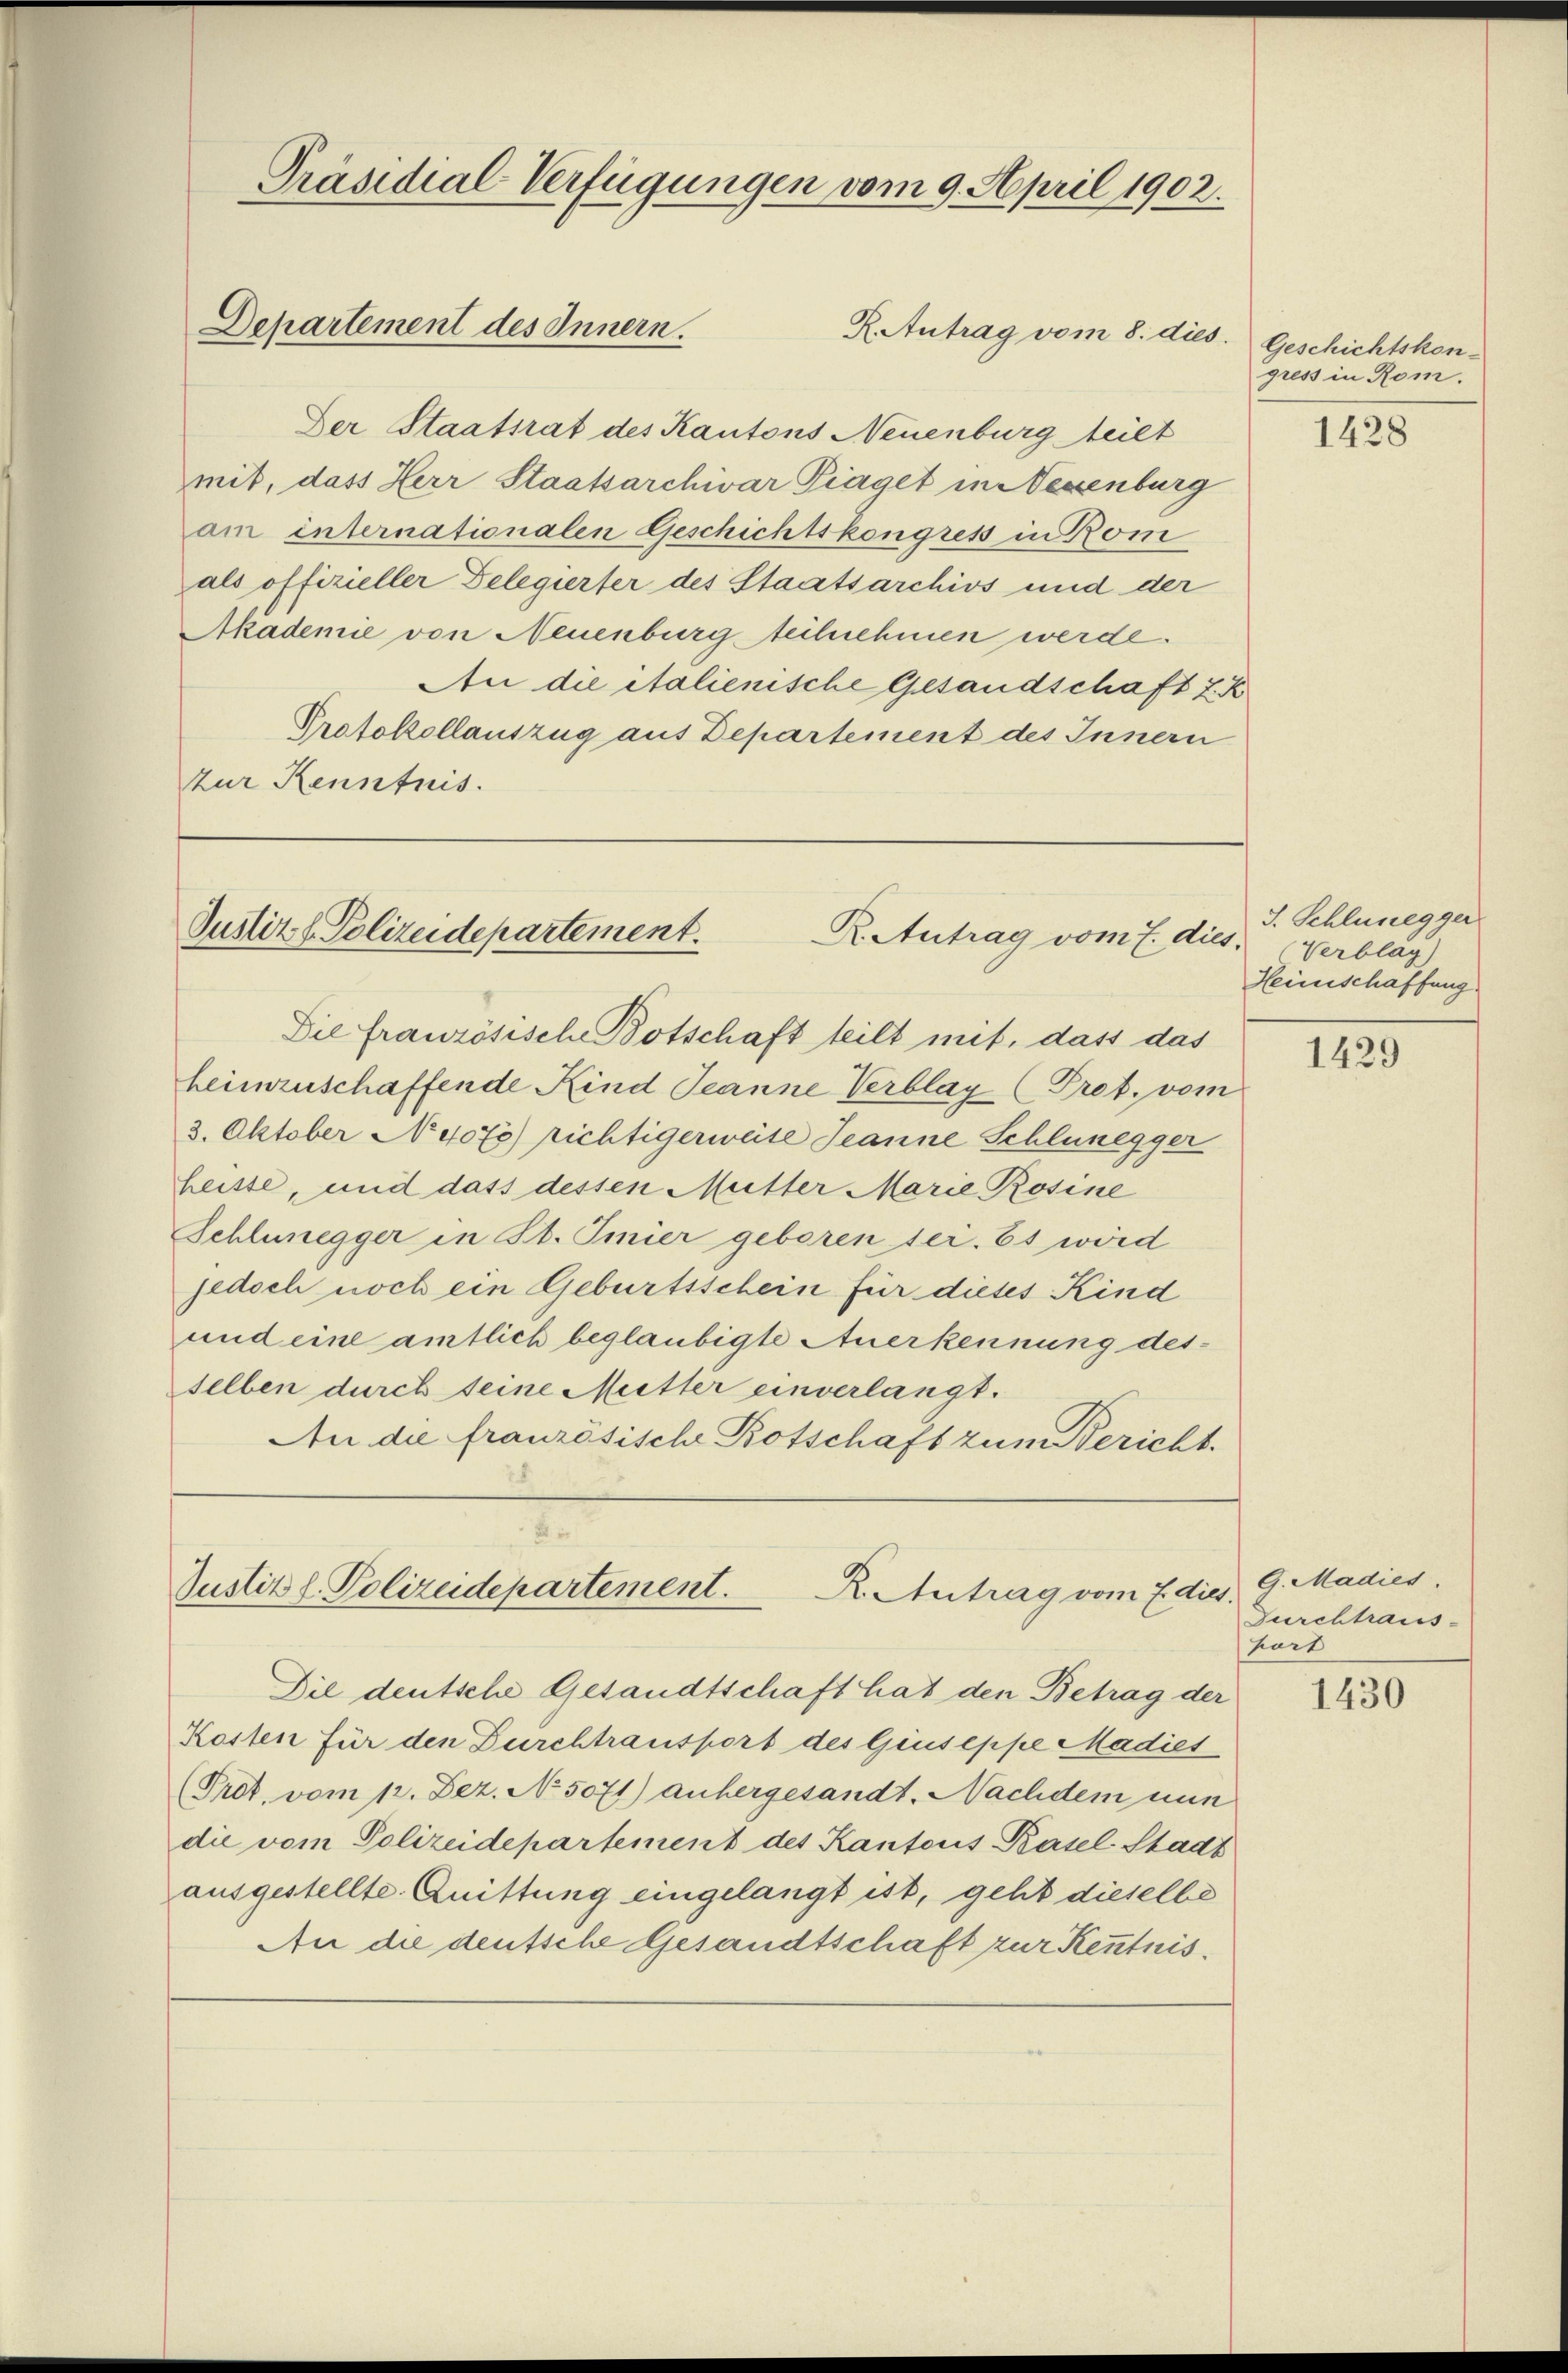
R. Antrag vom 8. dies
Der Staatsrat des Kantons Neuenburg teilt
mit, dass Herr Staatsarchivar Piaget in Neuenburg
am internationalen Geschichtskongres in Rom
als offizieller Delegierter des Staatsarchivs und der
Akademie von Neuenburg teilnehmen werde.
An die italienische Gesandschaft 2 K
Protokollauszug aus Departement des Innern
zur Kenntnis.

Departement des Innern.

Präsidial-Verfügungen vom 9. April 1902.

Justiz & Polizeidepartement.
R. Antrag vom 7. dies

Die französische Botschaft teilt mit, dass das
heimzuschaffende Kind Jeanne Verblag (Pret. vom
3. Oktober N. 4075) richtigerweise Jeanne Schlunegger
heisse, und dass dessen Mutter Marie Rosine
Schlunegger in St. Imier geboren sei. Es wird
jedoch noch ein Geburtsschein für dieses Kind
und eine amtlich beglaubigte Anerkennung desselben durch seine Mutter einverlangt.
An die französische Botschaft zum Bericht.

Justizl. Polizeidepartement.
K. Antrag vom Edies

Die deutsche Gesandtschaft hat den Betrag der
Kosten für den Durchtransport des Giuseppe Madies
(Pret. vom 12. Dez. No. 5071) anhergesandt. Nachdem nun
die vom Polizeidepartement des Kantons Basel-Stadt
ausgestellte Quittung eingelangt ist, geht dieselbe
An die deutsche Gesandtschaft zur Kenntnis.

Geschichtskon-
gress in Rom.

1428

J. Schlunegger
Verbläg)
Heimschaffung.

1429

G. Madies
Durchtraus-
hart

1430